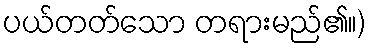
ပယ်တတ်သော တရားမည်၏။)